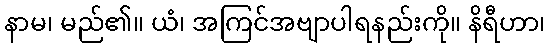
နာမ၊ မည်၏။ ယံ၊ အကြင်အဗျာပါရနည်းကို။ နိရီဟာ၊